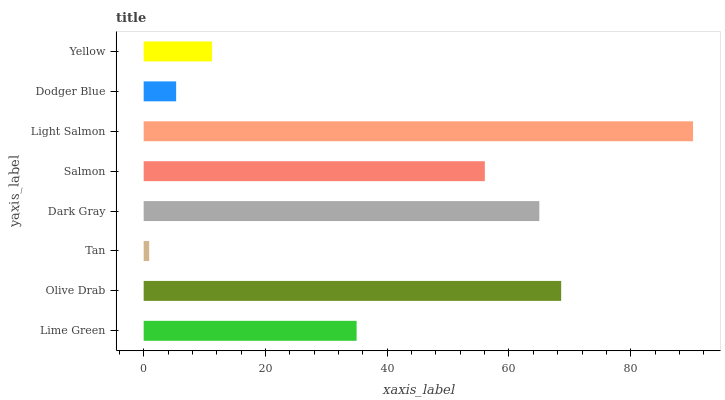
| yaxis_label | bars |
 | --- | --- |
 | Lime Green | 35 |
 | Olive Drab | 68.6 |
 | Tan | 0.908 |
 | Dark Gray | 65 |
 | Salmon | 56 |
 | Light Salmon | 90.2 |
 | Dodger Blue | 5.33 |
 | Yellow | 11.2 |